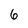
Character: 6